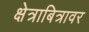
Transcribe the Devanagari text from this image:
क्षेत्राबित्रावर